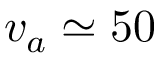
v _ { a } \simeq 5 0